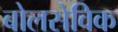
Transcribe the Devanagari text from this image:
बोलसेविक